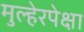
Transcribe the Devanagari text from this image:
मुल्हेरपेक्षा